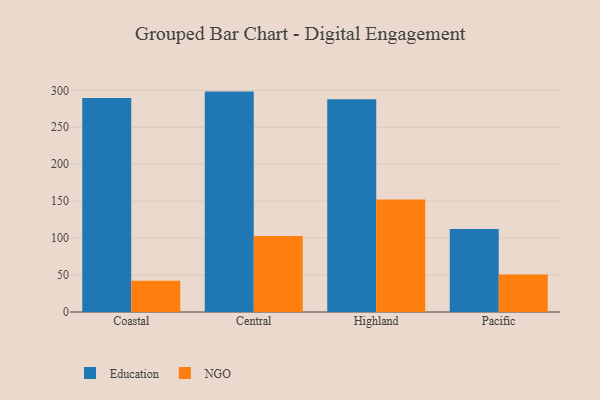
{"axis": {"x": "Region", "y": "Website Visitors"}, "legend": ["Education", "NGO"], "data": [{"x": "Coastal", "y": 289.5, "type": "Education"}, {"x": "Coastal", "y": 42.3, "type": "NGO"}, {"x": "Central", "y": 298.3, "type": "Education"}, {"x": "Central", "y": 102.9, "type": "NGO"}, {"x": "Highland", "y": 288.0, "type": "Education"}, {"x": "Highland", "y": 152.1, "type": "NGO"}, {"x": "Pacific", "y": 112.5, "type": "Education"}, {"x": "Pacific", "y": 50.6, "type": "NGO"}]}